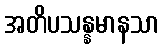
အတိပသန္နမာနသာ